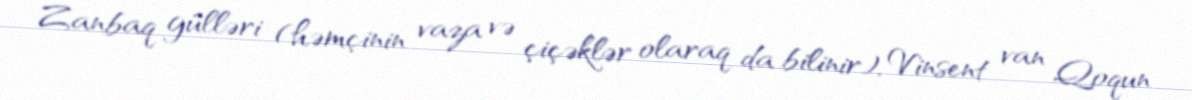
Zanbaq gülləri (həmçinin vaza və çiçəklər olaraq da bilinir), Vinsent van Qoqun